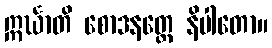
ဣင်္ဃာတိ စောဒနတ္ထေ နိပါတော။